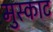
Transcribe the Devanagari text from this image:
मुस्काट